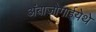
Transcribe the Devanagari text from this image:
अंबाजोगाईयेथे